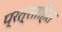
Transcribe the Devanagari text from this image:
प्रत्साहित